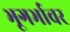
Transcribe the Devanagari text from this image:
भूगर्भावर